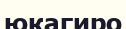
юкагиро